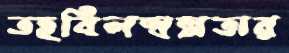
তহবিলস্বল্পতার